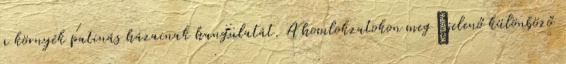
a környék patinás házainak hangulatát. A homlokzatokon meg¬jelenő különböző